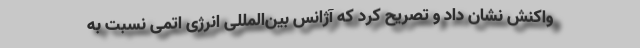
واکنش نشان داد و تصریح کرد که آژانس بین‌المللی انرژی اتمی نسبت به